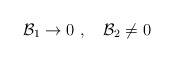
\begin{align*}{\cal B}_1 \rightarrow 0 \ ,\quad {\cal B}_2 \neq 0\end{align*}